Report of the King Institute of Preventive Medicine, Guindy
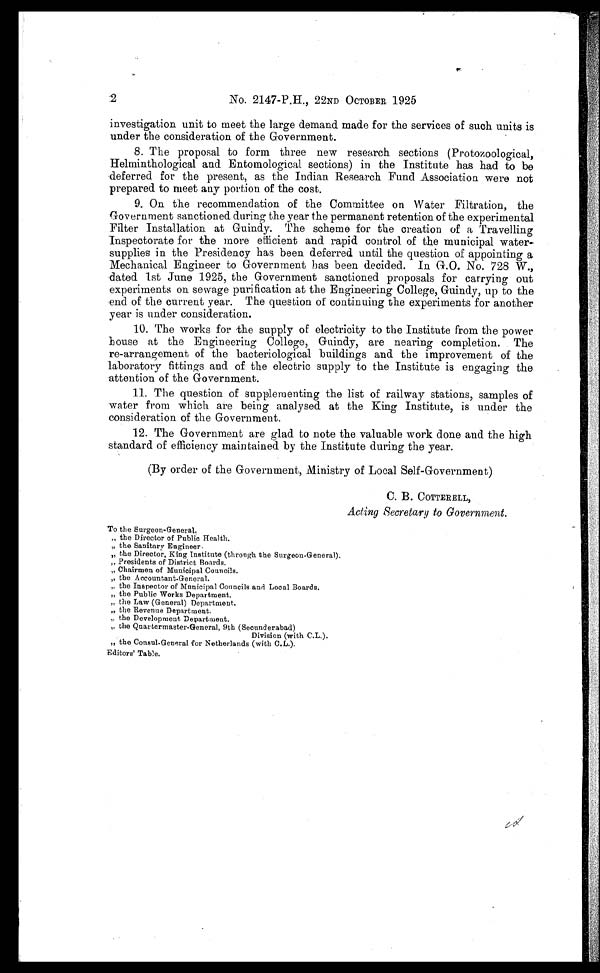
2
No. 2147-P.H., 22ND OCTOBER 1925
investigation unit to meet the large demand made for the services of such units is
under the consideration of the Government.
8. The proposal to form three new research sections (Protozoological,
Helminthological and Entomological sections) in the Institute has had to be
deferred for the present, as the Indian Research Fund Association were not
prepared to meet any portion of the cost.
9. On the recommendation of the Committee on Water Filtration, the
Government sanctioned during the year the permanent retention of the experimental
Filter Installation at Guindy. The scheme for the creation of a Travelling
Inspectorate for the more efficient and rapid control of the municipal water
- s u p p l i e s i n t h e P r e s i d e n c y h a s b e e n d e f e r r e d u n t i l t h e q u e s t i o n o f a p p o i n t i n g a
Mechanical Engineer to Government has been decided. In G.O. No. 728 W.,
dated 1st June 1925, the Government sanctioned proposals for carrying out
experiments on sewage purification at the Engineering College, Guindy, up to the
end of the current year. The question of continuing the experiments for another
year is under consideration.
10. The works for the supply of electricity to the Institute from the power
house at the Engineering College, Guindy, are nearing completion. The
re-arrangement of the bacteriological buildings and the improvement of the
laboratory fittings and of the electric supply to the Institute is engaging the
attention of the Government.
11. The question of supplementing the list of railway stations, samples of
water from which are being analysed at the King Institute, is under the
consideration of the Government.
12. The Government are glad to note the valuable work done and the high
standard of efficiency maintained by the Institute during the year.
(By order of the Government, Ministry of Local Self-Government)
C. B. C OTTERELL,
Acting Secretary to Government.
To the Surgeon-General.
„ the Director of Public Health.
" the Sanitary Engineer.
„ the Director, King Institute (through the Surgeon-General)
. " Presi dents of Di stri ct Boards.
„ Chairmen of Municipal Councils.
,, the Accountant-General.
" the Inspector of Municipal Councils and Local Boards.
" the Public Works Department.
" the Law (General) Department.
" the Revenue Department.
" the Development Department.
" the Quartermaster-General, 9th (Secunderabad)
Division (with C.L.).
„ the Consul-General for Netherlands (with C.L.).
Editors' Table.